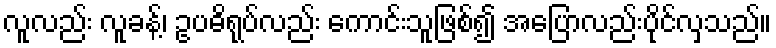
လူလည်း လူခန့်၊ ဥပဓိရုပ်လည်း ကောင်းသူဖြစ်၍ အပြောလည်းပိုင်လှသည်။